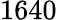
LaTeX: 1640